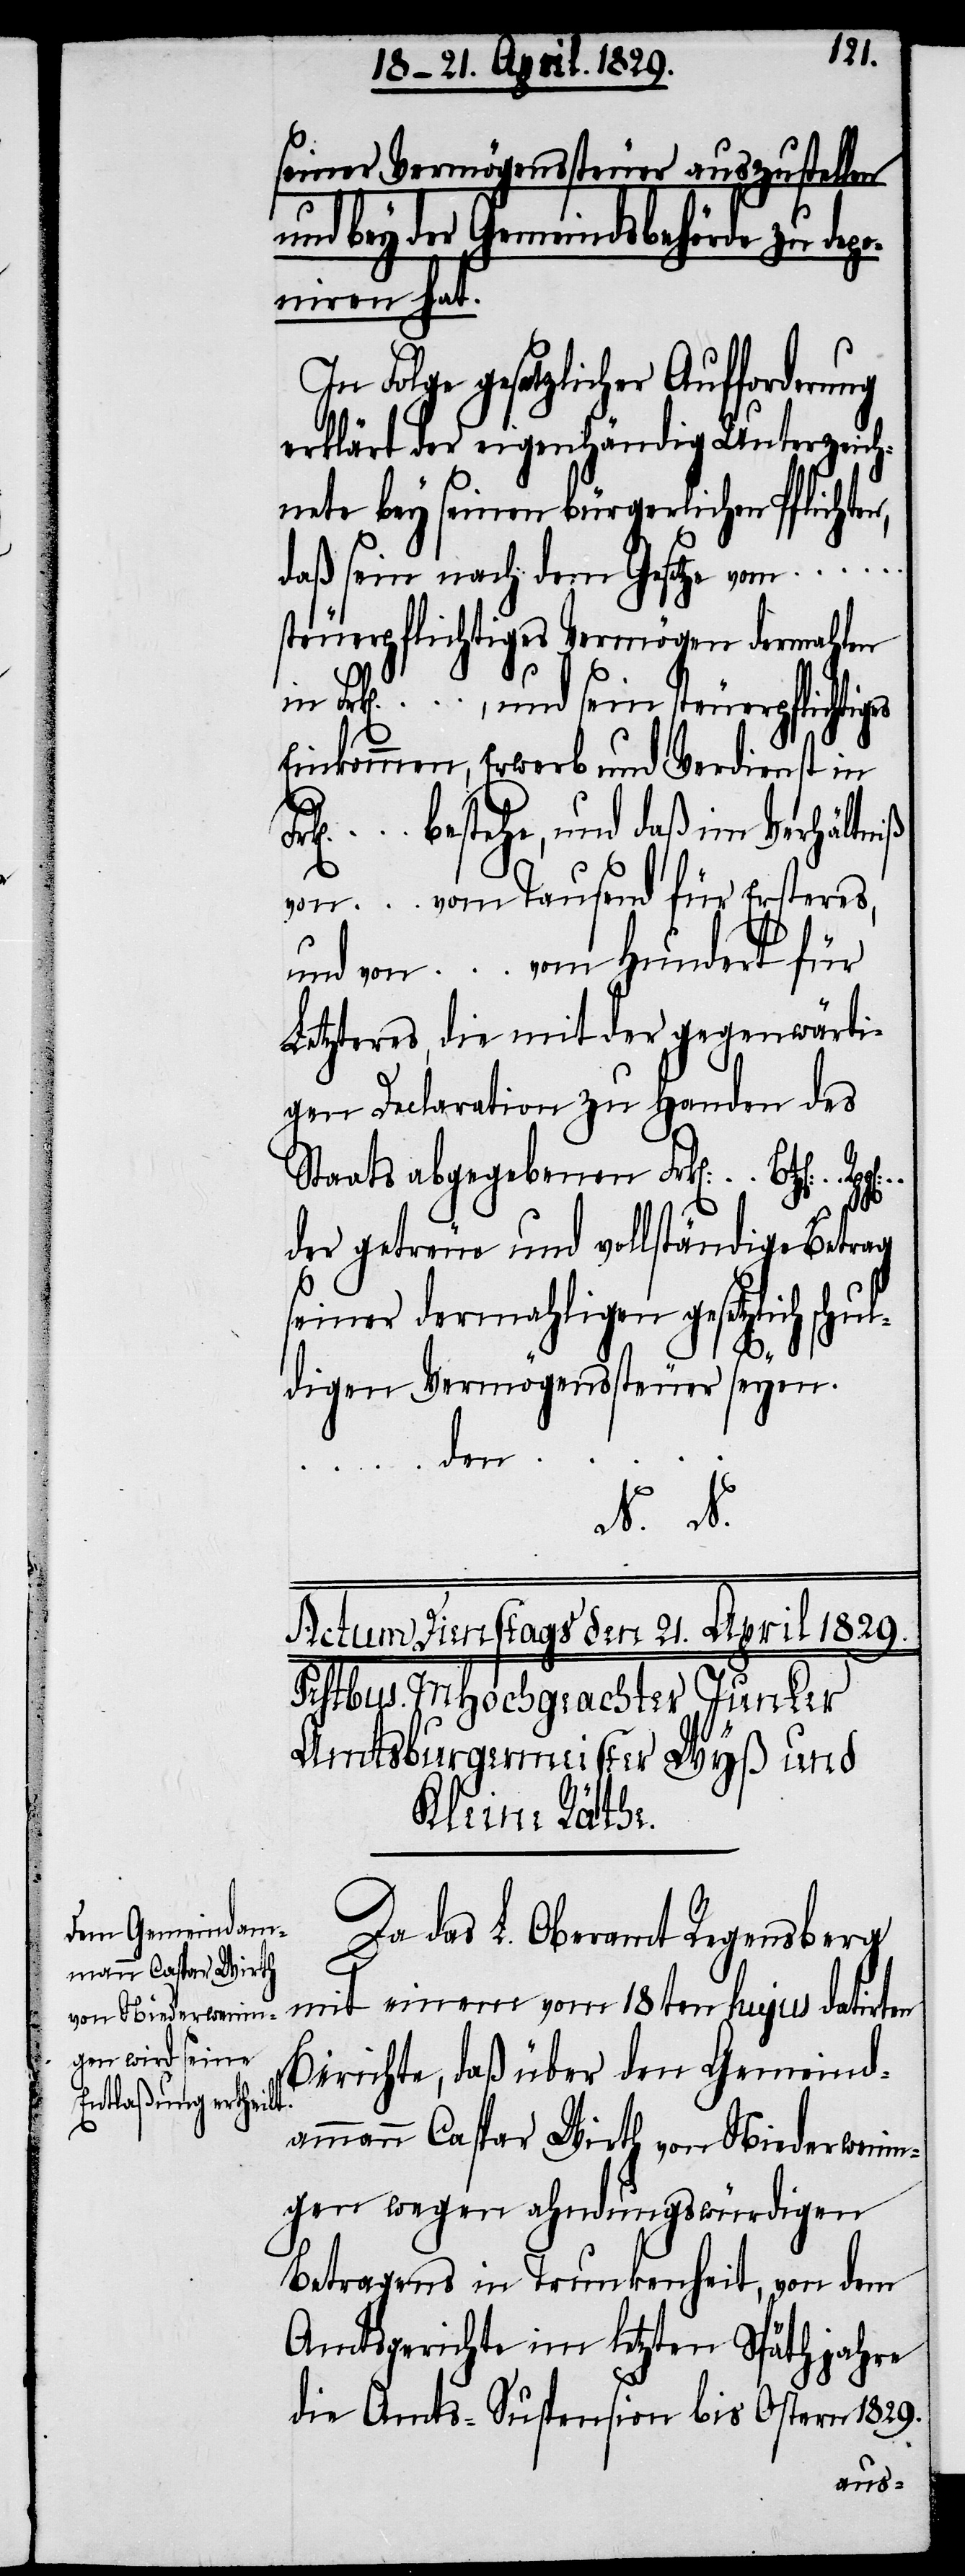
seiner Vermögenssteuer auszustellen
und bey der Gemeindsbehörde zu dep¬
oniren hat.
In Folge gesetzlicher Aufforderung
erklärt der eigenhändig Unterzeic¬
hnete bey seinen bürgerlichen Pflichte¬
daß sein nach dem Gesetze vom ...
steuerpflichtiges Vermögen dermahlen
... , und sein steuerpflichtig¬
Einkommen, Erwerb und Verdienst in
... bestehe, und daß im Verhältniß
von ... vom Tausend für Ersteres,
und von ... vom Hundert für
Letzteres, die mit der gegenwärti¬
gen Declaration zu Handen des
Staats abgegebenen Frk[en]. ...
der getreue und vollständige Betrag
seiner dermahligen gesetzlichen
digen Vermögenssteuer seyen.
den
N. N.
Da das L. Oberamt Regensberg
mit einem vom 18ten hujus datirten
Berichte, daß über den Gemeind¬
ammann Caspar Wirth von Niederwenin¬
gen wegen ahndungswürdigen
Betragens in Trunkenheit, von dem
Amtsgerichte im letzten Späthjahre
die Amts-Suspension bis Ostern 1829.
es